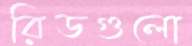
রিডগুলো